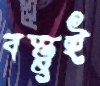
বস্তুই